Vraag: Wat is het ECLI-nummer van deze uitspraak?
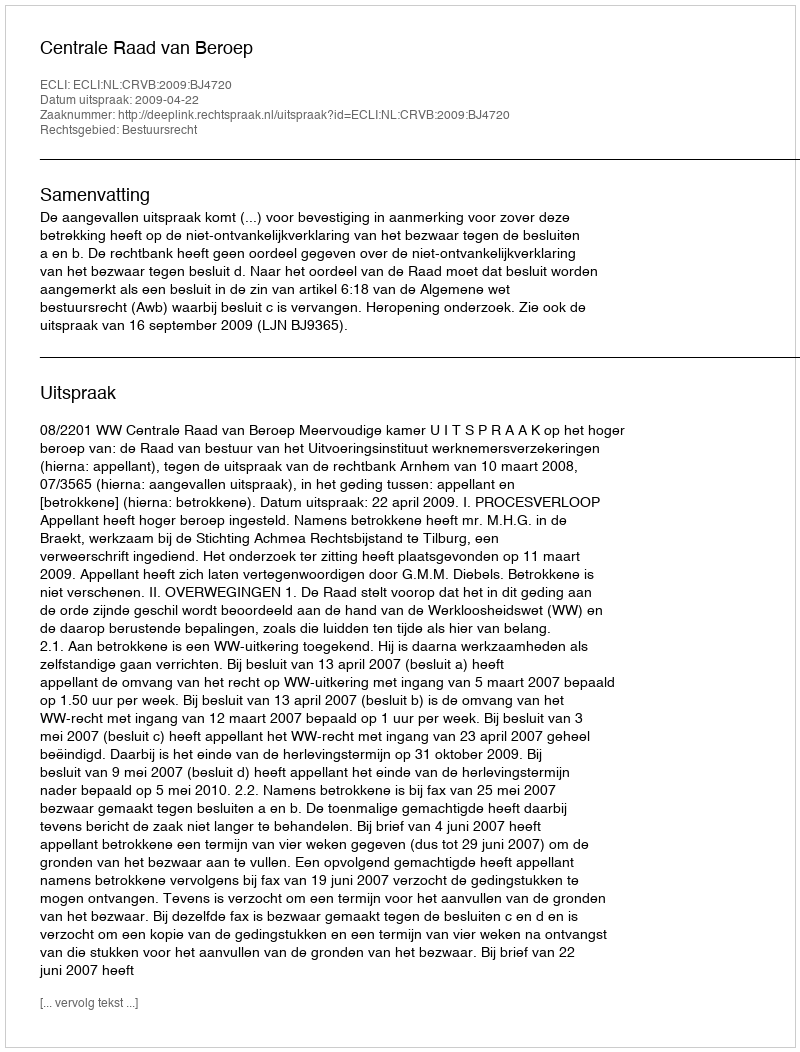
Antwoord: ECLI:NL:CRVB:2009:BJ4720